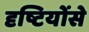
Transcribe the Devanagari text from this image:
दृष्टियोंसे